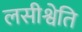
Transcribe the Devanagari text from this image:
लसीश्वेति